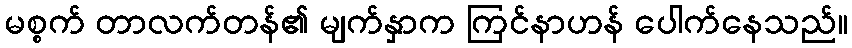
မစ္စက် တာလက်တန်၏ မျက်နှာက ကြင်နာဟန် ပေါက်နေသည်။